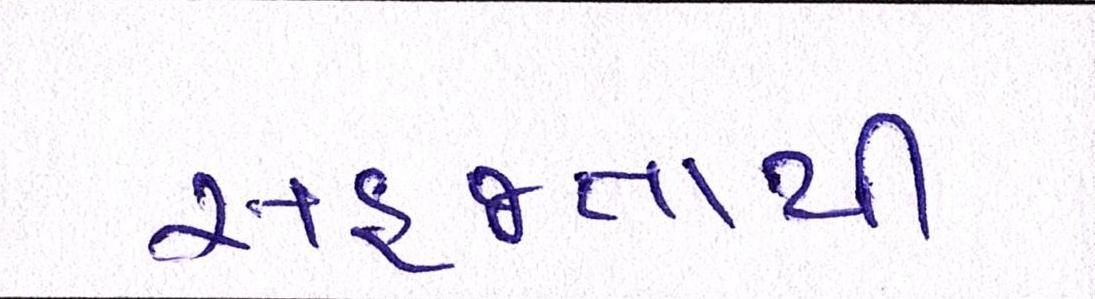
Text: સહજતાથી